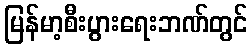
မြန်မာ့စီးပွားရေးဘဏ်တွင်